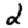
Digit: 2